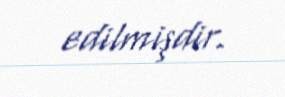
edilmişdir.